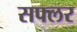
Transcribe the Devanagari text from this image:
सफ्लर